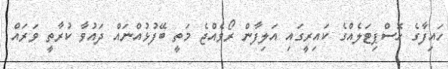
ހައިފާގެ ހޮސްޕިޓަލެއްގެ ކައިރީގައި އަލިފާން ރޯވެއްޖެ މަތީ ބޭފުޅުއްނައް ދައުވާ ކުރާތީ ވަރައް